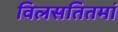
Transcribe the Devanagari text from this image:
विलसतितमां